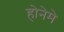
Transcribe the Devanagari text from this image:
होनेमे